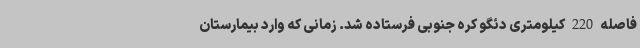
فاصله 220 کیلومتری دئگو کره جنوبی فرستاده شد. زمانی که وارد بیمارستان